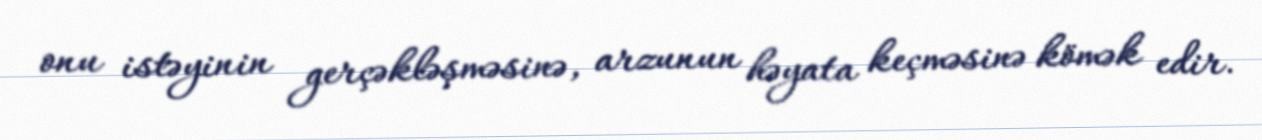
onu istəyinin gerçəkləşməsinə, arzunun həyata keçməsinə kömək edir.